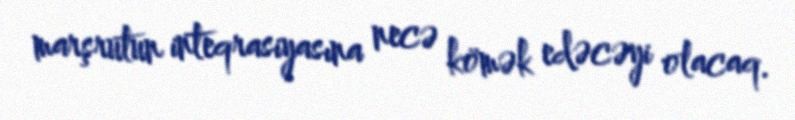
marşrutun inteqrasiyasına necə kömək edəcəyi olacaq.